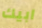
ابيك